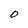
Character: 0